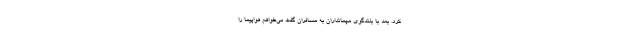
کرد. بعد با بلندگوی مهمانداران به مسافران ‌گفت می‌خواهم هواپیما را